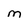
Character: M